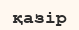
қазір